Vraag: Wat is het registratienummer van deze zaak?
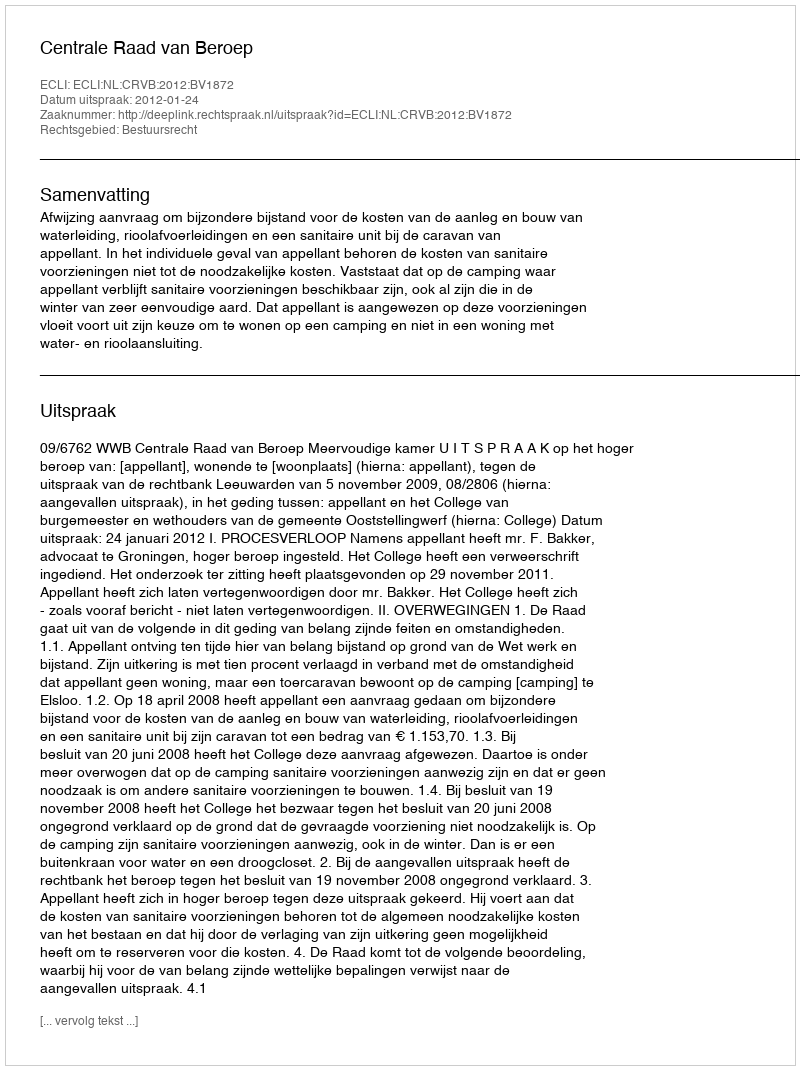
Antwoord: http://deeplink.rechtspraak.nl/uitspraak?id=ECLI:NL:CRVB:2012:BV1872